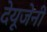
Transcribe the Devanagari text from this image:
देयूजेनी